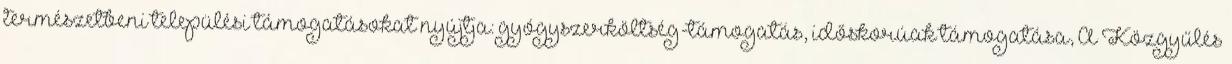
természetbeni települési támogatásokat nyújtja: gyógyszerköltség-támogatás, időskorúak támogatása, A Közgyűlés